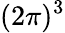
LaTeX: (2\pi)^{3}